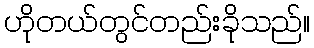
ဟိုတယ်တွင်တည်းခိုသည်။